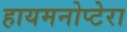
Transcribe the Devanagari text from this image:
हायमनोप्टेरा